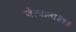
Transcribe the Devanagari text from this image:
जेत्याला॥१॥